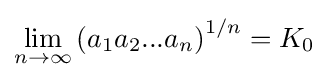
\lim _{n\rightarrow \infty }\left(a_{1}a_{2}...a_{n}\right)^{1/n}=K_{0}